Elephants and their diseases
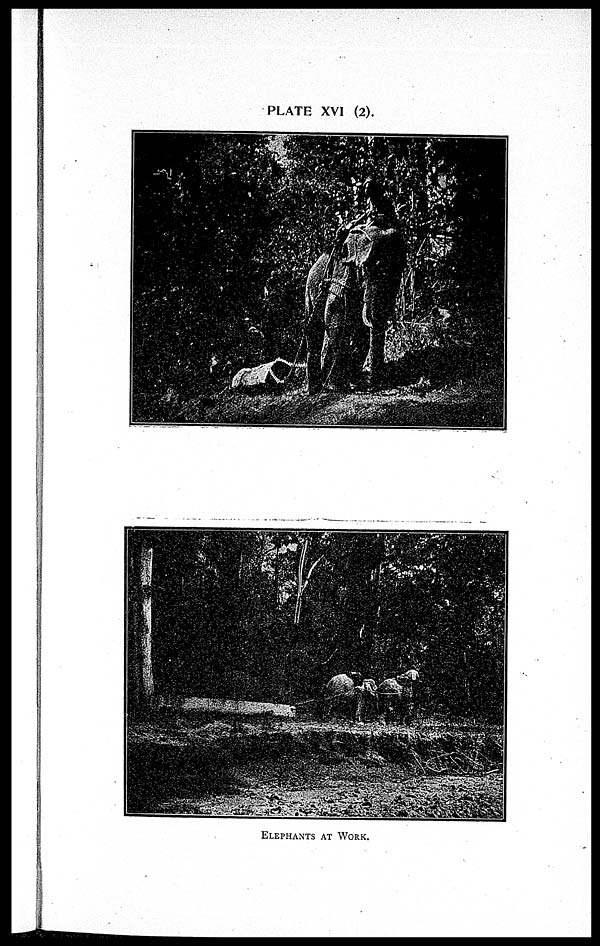
PLATE XVI (2).
ELEPHANTS AT WORK.